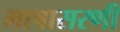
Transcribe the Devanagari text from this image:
भाषासरणी